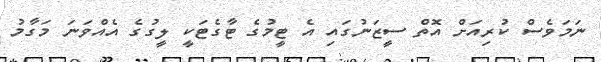
ނަމަވެސް ކުރިއަށް އޮތް ސީޒަނުގައި އެ ޓީމުގެ ޓާގެޓަކީ ލީގުގެ އެއްވަނަ މަގާމު